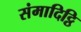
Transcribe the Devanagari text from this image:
संमादिट्ठि